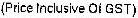
(PRICE INCLUSIVE OF GST)